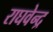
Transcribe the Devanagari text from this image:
राघवेन्‍द्र